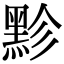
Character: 𪐲